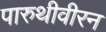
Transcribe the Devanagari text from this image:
पारुथीवीरन